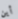
أين